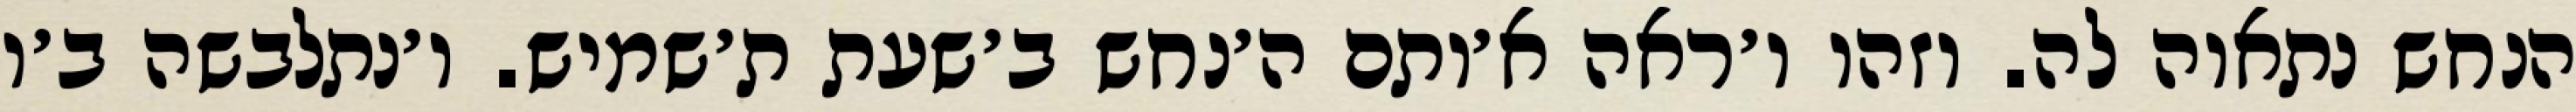
הנחש נתאוה לה. וזהו ו׳ראה א׳ותם ה׳נחש ב׳שעת ת׳שמיש. ו׳נתלבשה ב׳ו